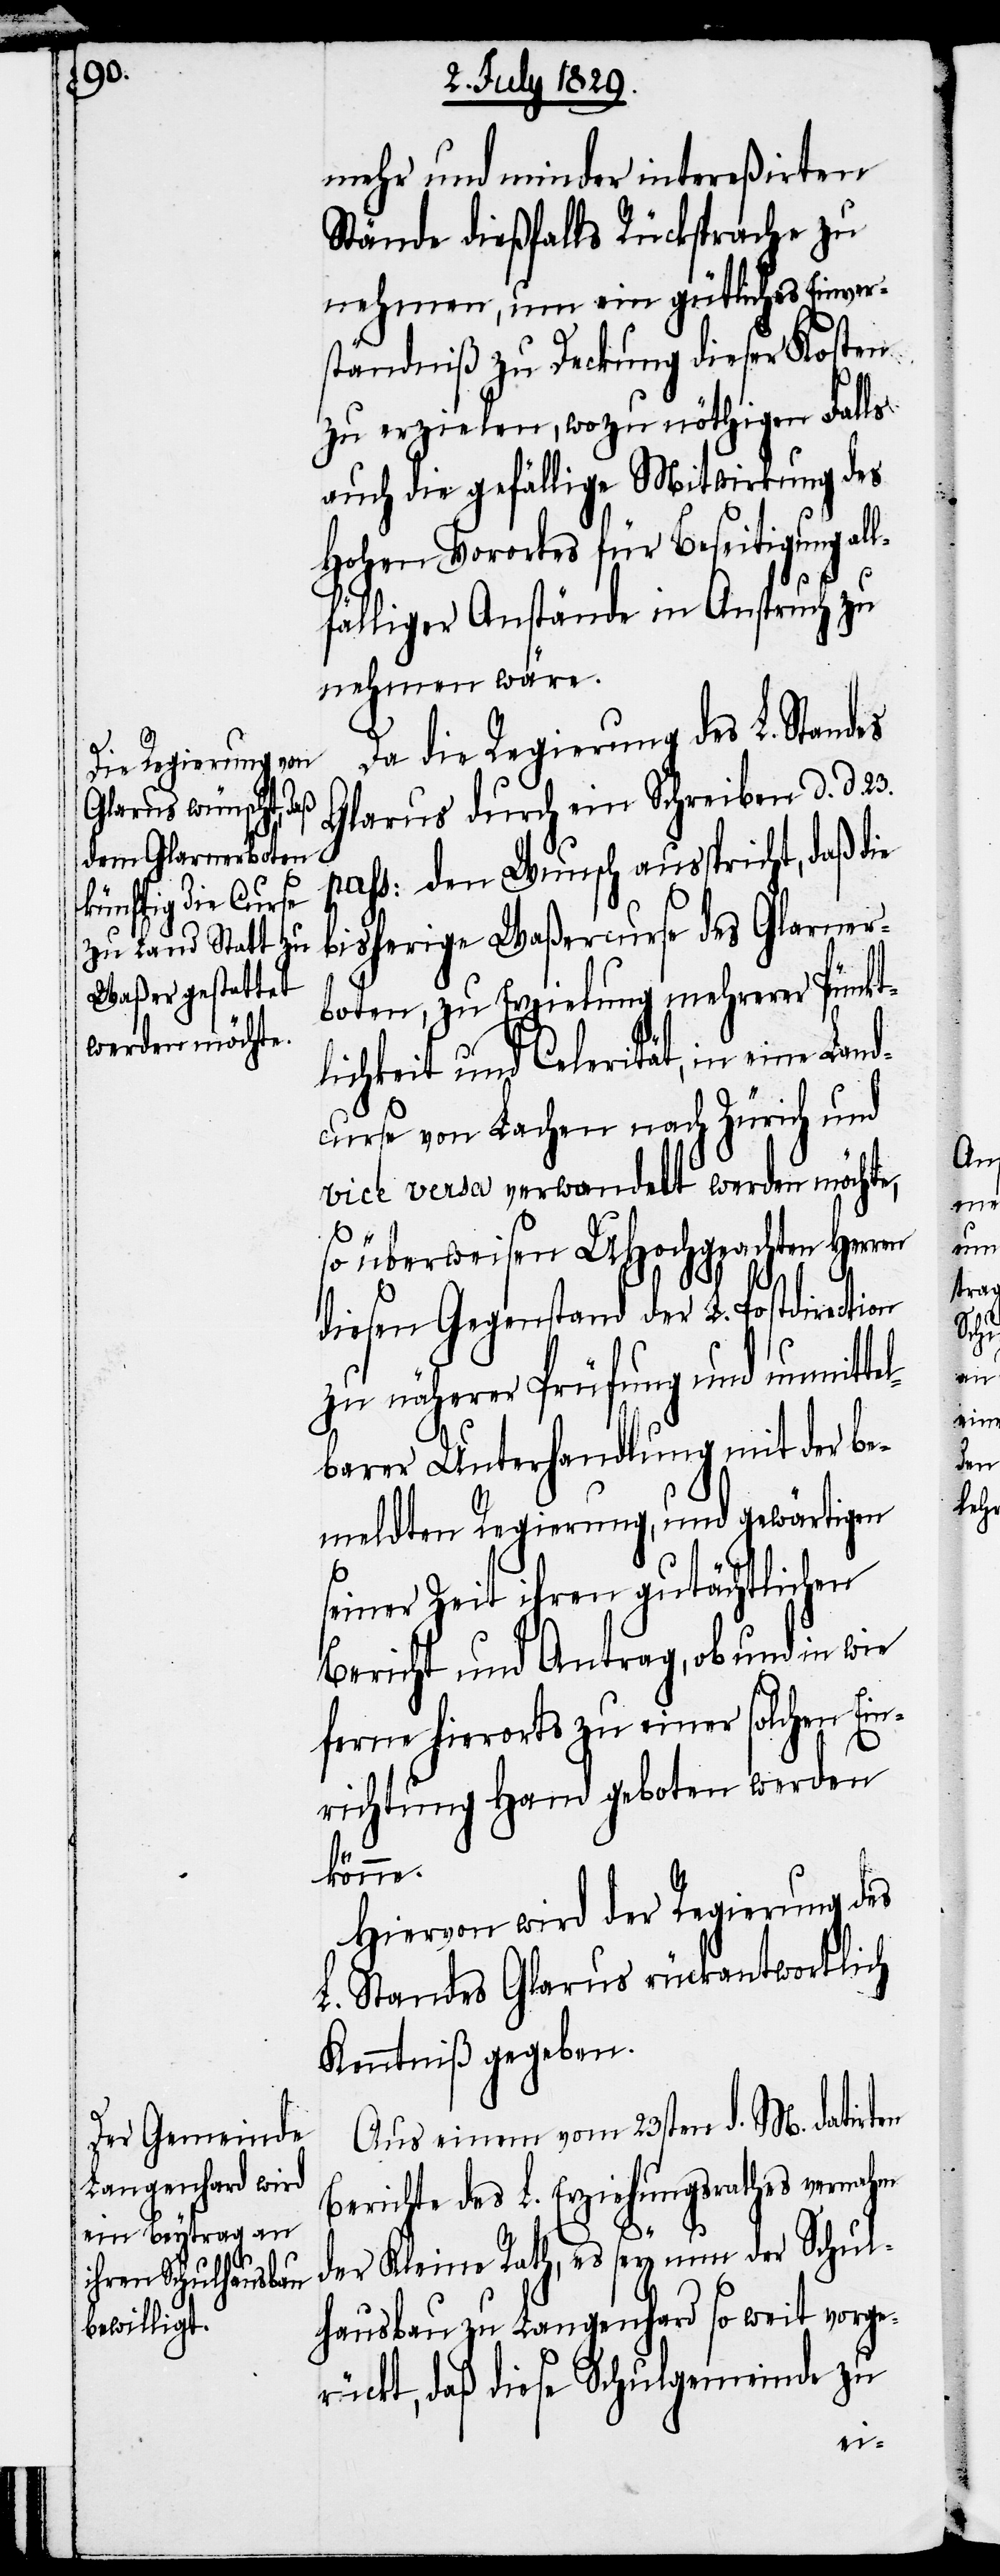
mehr und minder intereßirten
Stände dießfalls Rücksprache zu
nehmen, um ein gütliches Einver¬
ständniß zu Deckung dieser Kosten
zu erzielen, wozu nöthigen Falls
auch die gefällige Mitwirkung des
Hohen Vorortes für Beseitigung al¬
lfälliger Anstände in Anspruch zu
nehmen wäre.
Da die Regierung des L. Standes
Glarus durch eine Schreiben d. d.
pass: den Wunsch ausspricht, daß die
bisherige Waßercurse des Glarner¬
boten, zu Erzielung mehrerer Pünkt¬
lichkeit und Celerität, in eine Land¬
curse von Lachen nach Zürich und
vice versa verwandelt werden möchte,
so überweisen UHochgeachten Herren
diesen Gegenstand der L. Postdirection
zu näherer Prüfung und unmitte¬
lbarer Unterhandlung mit der be¬
meldten Regierung, und gewärtigen
seiner Zeit ihren gutächtlichen
Bericht und Antrag, ob und in wie
ferne hierorts zu einer solchen Ein¬
richtung Hand geboten werden
könne.
Hiervon wird der Regierung des
L. Standes Glarus rückantwortlich
Kenntniß gegeben.
Aus einem vom 23sten d. M. datirten
Berichte des L. Erziehungsrathes vernahm
der Kleine Rath, es sey nun der Schul¬
hausbau zu Langenhard so weit vorge¬
rückt, daß diese Schulgemeinde zu

23.